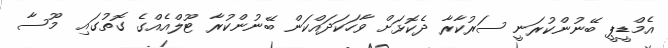
އެމްޑީޕީ ބޭނުންކުރަނީ ސަރުކާރާ ދެކޮޅަށް ވާހަކަދައްކަން ބޭނުންކުރާ ޓޫލްއެއްގެ ގޮތުގައި  މޫސާ